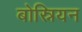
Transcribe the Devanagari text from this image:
बोस्नियन